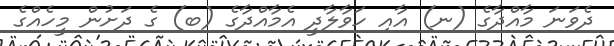
ދެވަނަ މާއްދާގެ (ނ) އާއި ހަވާލާދީ އެމާއްދާގެ (ބ) ގެ ދަށުން މީހެއްގެ